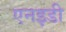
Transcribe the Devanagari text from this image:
एनइडी